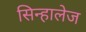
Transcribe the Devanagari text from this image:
सिन्हालेज